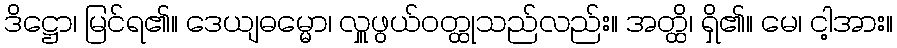
ဒိဋ္ဌော၊ မြင်ရ၏။ ဒေယျဓမ္မော၊ လှူဖွယ်ဝတ္ထုသည်လည်း။ အတ္ထိ၊ ရှိ၏။ မေ၊ ငါ့အား။